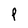
Character: P